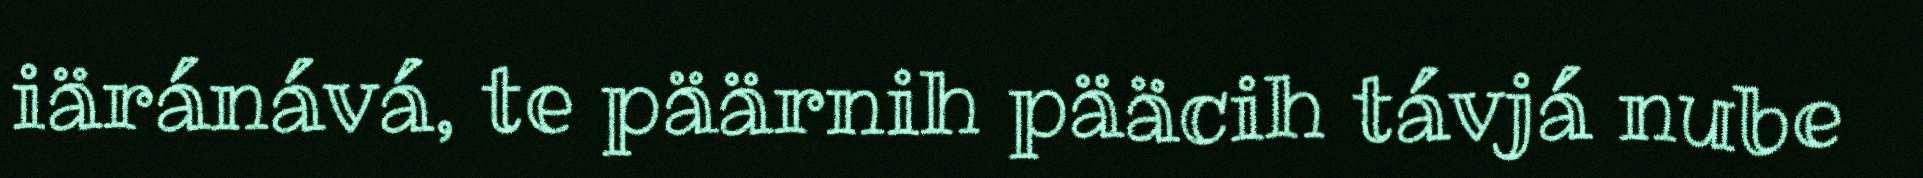
iäránává, te päärnih pääcih távjá nube